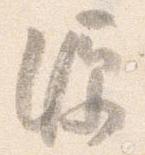
源